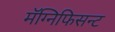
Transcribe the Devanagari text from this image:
मॅग्निफिसन्ट